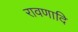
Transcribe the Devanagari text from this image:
रावणादि